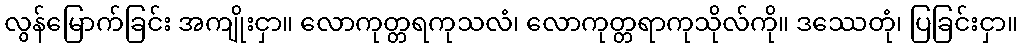
လွန်မြောက်ခြင်း အကျိုးငှာ။ လောကုတ္တရကုသလံ၊ လောကုတ္တရာကုသိုလ်ကို။ ဒဿေတုံ၊ ပြခြင်းငှာ။